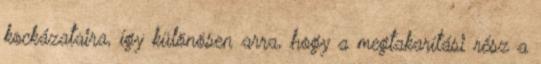
kockázataira, így különösen arra, hogy a megtakarítási rész a